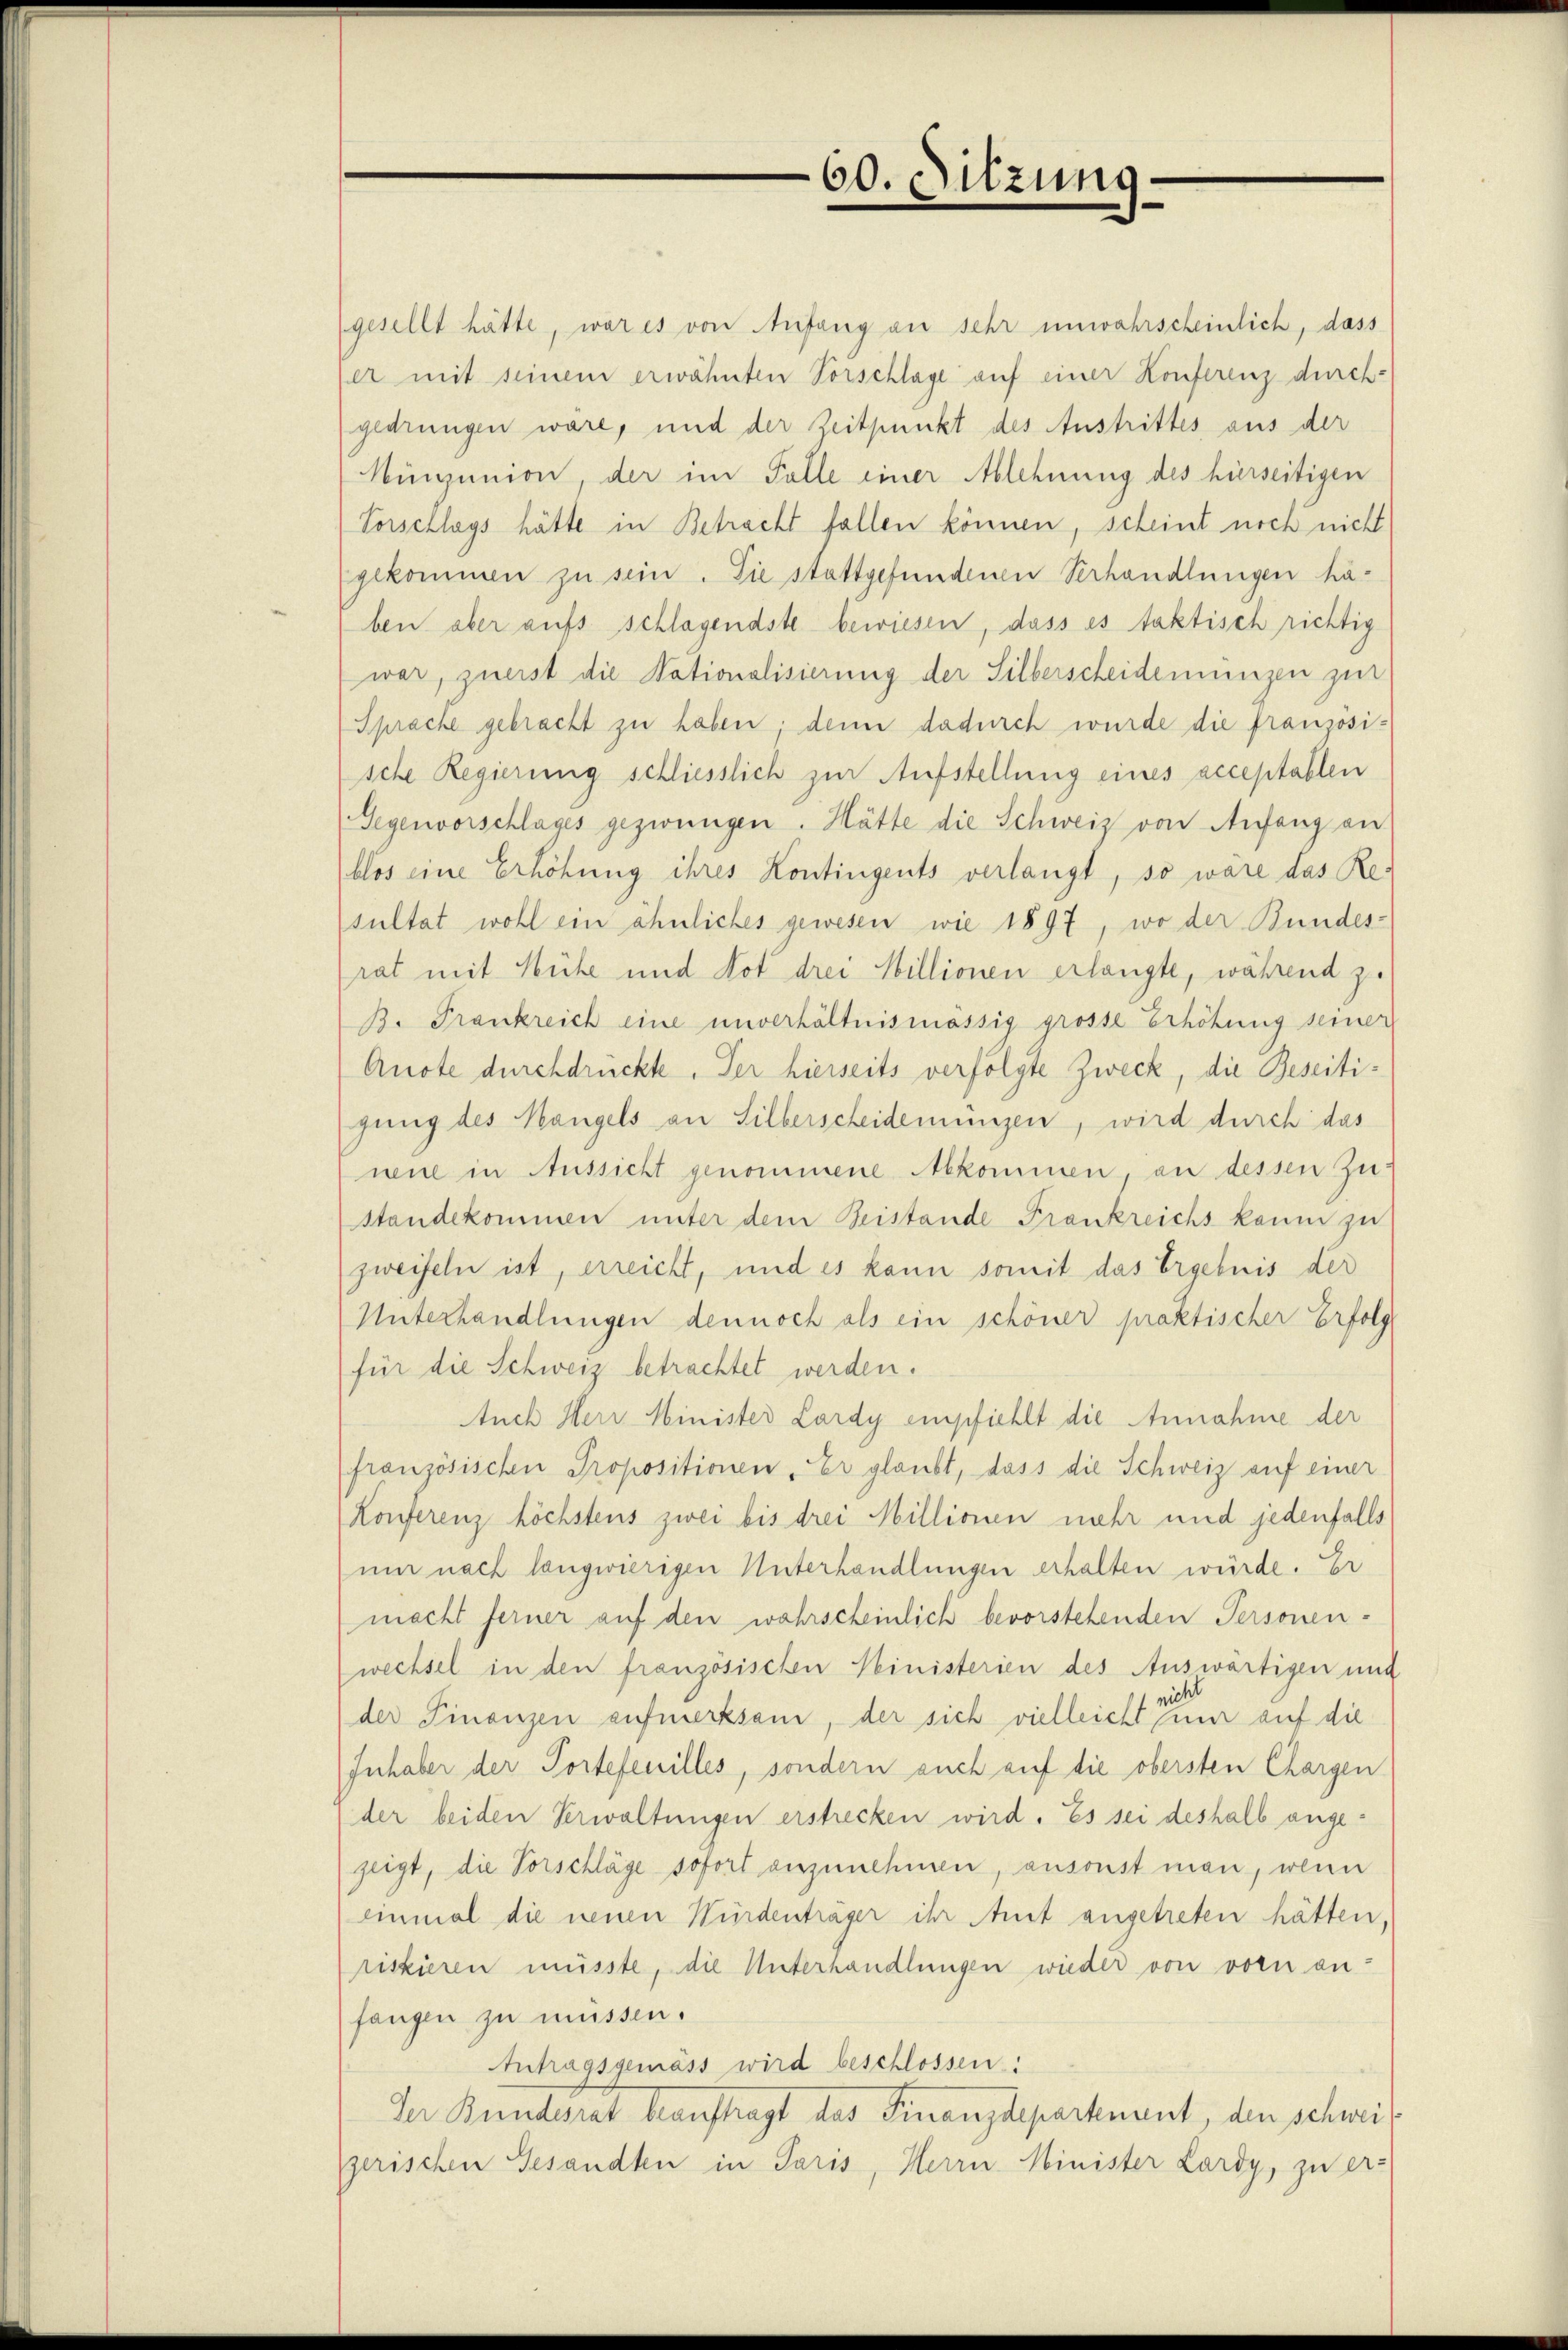
60. Sitzung

gesellt hätte, war es von Anfang an sehr unwahrscheinlich, dass
er mit seinem erwähnten Vorschlage auf einer Konferenz durch-
gedrungen wäre, und der Zeitpunkt des Austrittes aus der
Münjunion, der im Falle einer Ablehnung des hierseitigen
Vorschlags hätte in Betracht fallen können, scheint noch nicht
gekommen zu sein. Sie stattgefundenen Verhandlungen häben aber aufs schlagendste bewiesen, dass es faktisch richtig
war, zuerst die Nationalisierung der Silberscheidemungen zur
Sprache gebracht zu haben; denn dadurch wurde die französische Regierung schliesslich zur Aufstellung eines acceptablen
Gegenvorschlages gezwungen. Hätte die Schweiz von Anfang an
blos eine Erhöhung ihres Kontingents verlangt, so wäre das Re-
sultat wohl ein ähnliches gewesen wie 1897, wo der Bundes-
rat mit Mühe und Not drei Willionen erlangte, während zu
B. Frankreich eine unverhältnismässig grosse Erhöhung seiner
Anote durchdrückte. Der hierseits verfolgte Zweck, die Beseitigung des Mangels an Silberscheidemungen, wird durch das
neue in Aussicht genommene Abkommen, an dessen Zustandekommen unter dem Beistande Frankreichs kaum zu
zweifeln ist, erreicht, und es kann somit das Ergebnis der
Unterhandlungen dennoch als ein schöner praktischer Erfolge
für die Schweiz betrachtet werden.
Auch Herr Minister Lardy empfiehlt die Annahme der
französischen Propositionen - Er glaubt, dass die Schweiz auf einer
Konferenz höchstens zwei bis drei Millionen mehr und jedenfalls
um nach langwierigen Unterhandlungen erhalten würde. Er
macht ferner auf den wahrscheinlich bevorstehenden Personen-
wechsel in den franzosischen Ministerien des Auswärtigen und
vie
der Finanzen aufmerksam, der sich vielleicht mir auf die
Inhaber der Portefenilles, sondern auch auf die obersten Chargen
der beiden Verwaltungen erstrecken wird. Es sei deshalb angezeigt, die Vorschläge sofort anzunehmen, ansonst man, wenn
einmal die neuen Würdenträger ihr mit angetreten hätten,
riskieren müsste, die Unterhandlungen wieder von vorn an-
fangen zu müssen.
Antragsgemäss wird beschlossen:
Der Bundesrat beauftragt das Finanzdepartement, den schweigerischen Gesandten in Paris, Herrn Minister Lardy, zu er-